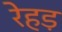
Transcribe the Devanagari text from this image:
रेहड़